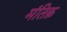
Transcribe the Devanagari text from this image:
मंतिक़